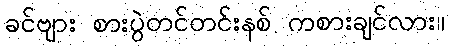
ခင်ဗျား စားပွဲတင်တင်းနစ် ကစားချင်လား။